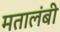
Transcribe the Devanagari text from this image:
मतालंबी